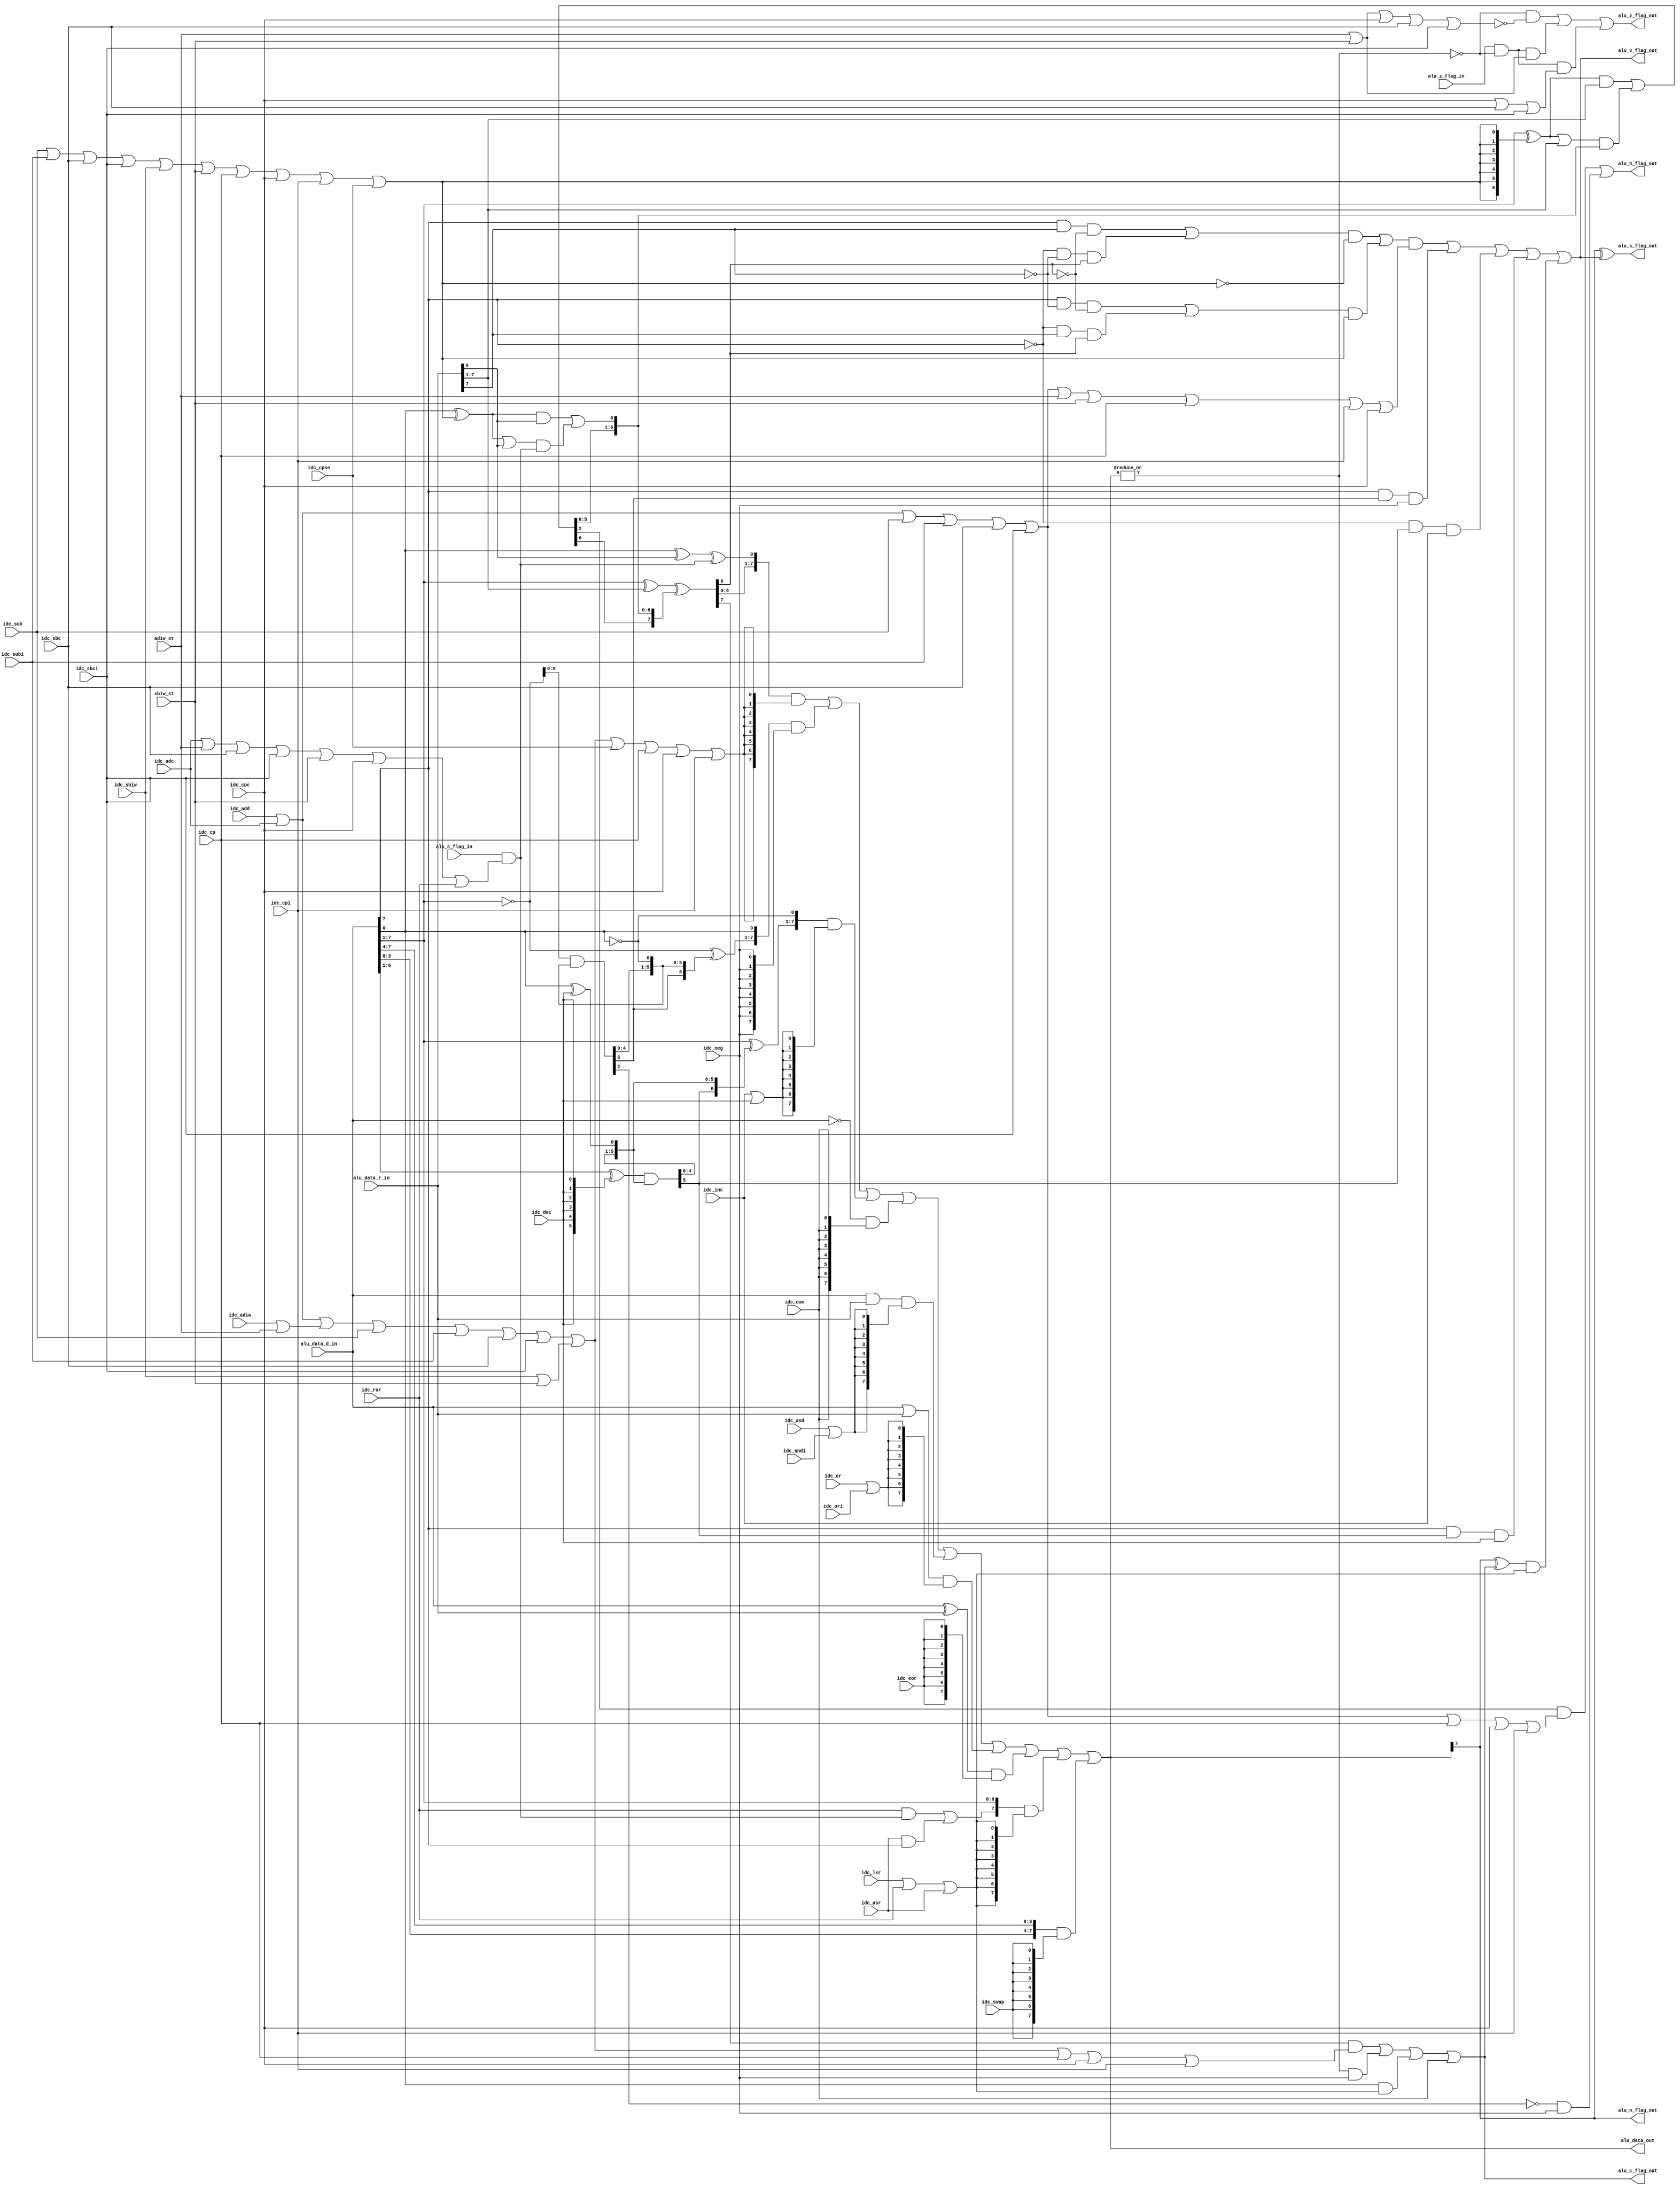
//************************************************************************************************
//  ALU(internal module) for AVR core
//	Version 1.2
//  Designed by Ruslan Lepetenok 
//	Modified 02.08.2003 
// (CPC/SBC/SBCI Z-flag bug found)
//  H-flag with NEG instruction found
// Modified 26.05.2012 (Verilog version)
// Modified 18.08.12 Verilog Lint
//************************************************************************************************

`timescale 1 ns / 1 ns

module alu_avr(
               alu_data_r_in, 
               alu_data_d_in, 
	       alu_c_flag_in, 
	       alu_z_flag_in, 
	       idc_add, 
	       idc_adc, 
	       idc_adiw, 
	       idc_sub, 
	       idc_subi, 
	       idc_sbc, 
	       idc_sbci, 
	       idc_sbiw, 
	       adiw_st, 
	       sbiw_st, 
	       idc_and, 
	       idc_andi, 
	       idc_or, 
	       idc_ori, 
	       idc_eor, 
	       idc_com, 
	       idc_neg, 
	       idc_inc, 
	       idc_dec, 
	       idc_cp, 
	       idc_cpc, 
	       idc_cpi, 
	       idc_cpse, 
	       idc_lsr, 
	       idc_ror, 
	       idc_asr, 
	       idc_swap, 
	       alu_data_out, 
	       alu_c_flag_out, 
	       alu_z_flag_out, 
	       alu_n_flag_out, 
	       alu_v_flag_out, 
	       alu_s_flag_out, 
	       alu_h_flag_out
	       );
   
   input [7:0]  alu_data_r_in;
   input [7:0]  alu_data_d_in;
   
   input        alu_c_flag_in;
   input        alu_z_flag_in;
   
   // OPERATION SIGNALS INPUTS
   input        idc_add;
   input        idc_adc;
   input        idc_adiw;
   input        idc_sub;
   input        idc_subi;
   input        idc_sbc;
   input        idc_sbci;
   input        idc_sbiw;
   
   input        adiw_st;
   input        sbiw_st;
   
   input        idc_and;
   input        idc_andi;
   input        idc_or;
   input        idc_ori;
   input        idc_eor;
   input        idc_com;
   input        idc_neg;
   
   input        idc_inc;
   input        idc_dec;
   
   input        idc_cp;
   input        idc_cpc;
   input        idc_cpi;
   input        idc_cpse;
   
   input        idc_lsr;
   input        idc_ror;
   input        idc_asr;
   input        idc_swap;
   
   // DATA OUTPUT
   output [7:0] alu_data_out;
   
   // FLAGS OUTPUT
   output       alu_c_flag_out;
   output       alu_z_flag_out;
   output       alu_n_flag_out;
   output       alu_v_flag_out;
   output       alu_s_flag_out;
   output       alu_h_flag_out;
   
   // ####################################################
   // INTERNAL SIGNALS
   // ####################################################
   
   wire [7:0]   alu_data_out_int;
   
   // ALU FLAGS (INTERNAL)
   wire         alu_z_flag_out_int;
   wire         alu_c_flag_in_int;		// INTERNAL CARRY FLAG
   
   wire         alu_n_flag_out_int;
   wire         alu_v_flag_out_int;
   wire         alu_c_flag_out_int;
   
   // ADDER SIGNALS --
   wire         adder_nadd_sub;		// 0 -> ADD ,1 -> SUB
   wire         adder_v_flag_out;
   
   wire [8:0]   adder_carry;
   wire [8:0]   adder_d_in;
   wire [8:0]   adder_r_in;
   wire [8:0]   adder_out;
   
   // NEG OPERATOR SIGNALS 
   wire [8:0]   neg_op_carry;
   wire [8:0]   neg_op_out;
   
   // INC, DEC OPERATOR SIGNALS 
   wire [7:0]   incdec_op_carry;
   wire [7:0]   incdec_op_out;
   
   wire [7:0]   com_op_out;
   wire [7:0]   and_op_out;
   wire [7:0]   or_op_out;
   wire [7:0]   eor_op_out;
   
   // SHIFT SIGNALS
   wire [7:0]   right_shift_out;
   
   // SWAP SIGNALS
   wire [7:0]   swap_out;
   
   // ########################################################################
   // ###############              ALU
   // ########################################################################
   
   assign adder_nadd_sub = (idc_sub | idc_subi | idc_sbc | idc_sbci | idc_sbiw | sbiw_st | idc_cp | idc_cpc | idc_cpi | idc_cpse);		// '0' -> '+'; '1' -> '-' 
   
   // SREG C FLAG (ALU INPUT)
   assign alu_c_flag_in_int = alu_c_flag_in & (idc_adc | adiw_st | idc_sbc | idc_sbci | sbiw_st | idc_cpc | idc_ror);
   
   // SREG Z FLAG ()
   // alu_z_flag_out <= (alu_z_flag_out_int and not(adiw_st or sbiw_st)) or 
   //                   ((alu_z_flag_in and alu_z_flag_out_int) and (adiw_st or sbiw_st));
   assign alu_z_flag_out = (alu_z_flag_out_int & (~(adiw_st | sbiw_st | idc_cpc | idc_sbc | idc_sbci))) | ((alu_z_flag_in & alu_z_flag_out_int) & (adiw_st | sbiw_st)) | (alu_z_flag_in & alu_z_flag_out_int & (idc_cpc | idc_sbc | idc_sbci));		// Previous value (for CPC/SBC/SBCI instructions)
   
   // SREG N FLAG
   assign alu_n_flag_out = alu_n_flag_out_int;
   
   // SREG V FLAG
   assign alu_v_flag_out = alu_v_flag_out_int;
   
   assign alu_c_flag_out = alu_c_flag_out_int;
   
   assign alu_data_out = alu_data_out_int;
   
   // #########################################################################################
   
   assign adder_d_in = {1'b0, alu_data_d_in};
   assign adder_r_in = {1'b0, alu_data_r_in};
   
   //########################## ADDEER ###################################
   
   assign adder_out[0]     = adder_d_in[0] ^ adder_r_in[0] ^ alu_c_flag_in_int;
   assign adder_carry[0]   = ((adder_d_in[0] ^ adder_nadd_sub) & adder_r_in[0]) | (((adder_d_in[0] ^ adder_nadd_sub) | adder_r_in[0]) & alu_c_flag_in_int);
   assign adder_out[8:1]   = adder_d_in[8:1] ^ adder_r_in[8:1] ^ adder_carry[7:0];
   assign adder_carry[8:1] = ((adder_d_in[8:1] ^ {8{adder_nadd_sub}}) & adder_r_in[8:1]) | (((adder_d_in[8:1] ^ {8{adder_nadd_sub}}) | adder_r_in[8:1]) & adder_carry[7:0]);
      
      
      // FLAGS  FOR ADDER INSTRUCTIONS: 
      // CARRY FLAG (C) -> adder_out(8)
      // HALF CARRY FLAG (H) -> adder_carry(3)
      // TOW'S COMPLEMENT OVERFLOW  (V) -> 
      
      assign adder_v_flag_out = (((adder_d_in[7] & adder_r_in[7] & (~adder_out[7])) | ((~adder_d_in[7]) & (~adder_r_in[7]) & adder_out[7])) & (~adder_nadd_sub)) | (((adder_d_in[7] & (~adder_r_in[7]) & (~adder_out[7])) | ((~adder_d_in[7]) & adder_r_in[7] & adder_out[7])) & adder_nadd_sub);		// ADD
      // SUB
      //#####################################################################
      
      // LOGICAL OPERATIONS FOR ONE OPERAND
      
      //########################## NEG OPERATION ####################
      
      assign neg_op_out[0]     = alu_data_d_in[0];
      assign neg_op_carry[0]   = ~alu_data_d_in[0];
      assign neg_op_out[7:1]   = (~alu_data_d_in[7:1]) ^ neg_op_carry[6:0];
      assign neg_op_carry[7:1] = (~alu_data_d_in[7:1]) & neg_op_carry[6:0];

	 
         assign neg_op_out[8]   = ~neg_op_carry[7];
         assign neg_op_carry[8] = neg_op_carry[7];		// ??!!
         
         // CARRY FLAGS  FOR NEG INSTRUCTION: 
         // CARRY FLAG -> neg_op_out(8)
         // HALF CARRY FLAG -> neg_op_carry(3)
         // TOW's COMPLEMENT OVERFLOW FLAG -> alu_data_d_in(7) and neg_op_carry(6) 
         //############################################################################	
         
         //########################## INC, DEC OPERATIONS ####################
         
         assign incdec_op_out[0]     = ~alu_data_d_in[0];
         assign incdec_op_carry[0]   = alu_data_d_in[0] ^ idc_dec;
         assign incdec_op_out[7:1]   = alu_data_d_in[7:1] ^ incdec_op_carry[6:0];
         assign incdec_op_carry[7:1] = (alu_data_d_in[7:1] ^ {7{idc_dec}}) & incdec_op_carry[6:0];
	    
	    
            
            // TOW's COMPLEMENT OVERFLOW FLAG -> (alu_data_d_in(7) xor idc_dec) and incdec_op_carry(6) 
            //####################################################################
            
            //########################## COM OPERATION ###################################
            assign com_op_out = (~alu_data_d_in);
            // FLAGS 
            // TOW's COMPLEMENT OVERFLOW FLAG (V)  -> '0'
            // CARRY FLAG (C) -> '1' 
            //############################################################################
            
            // LOGICAL OPERATIONS FOR TWO OPERANDS	
            
            //########################## AND OPERATION ###################################
            assign and_op_out = alu_data_d_in & alu_data_r_in;
            // FLAGS 
            // TOW's COMPLEMENT OVERFLOW FLAG (V)  -> '0'
            //############################################################################
            
            //########################## OR OPERATION ###################################
            assign or_op_out = alu_data_d_in | alu_data_r_in;
            // FLAGS 
            // TOW's COMPLEMENT OVERFLOW FLAG (V)  -> '0'
            //############################################################################
            
            //########################## EOR OPERATION ###################################
            assign eor_op_out = alu_data_d_in ^ alu_data_r_in;
            // FLAGS 
            // TOW's COMPLEMENT OVERFLOW FLAG (V)  -> '0'
            //############################################################################
            
            // SHIFT OPERATIONS 
            
            // ########################## RIGHT(LSR, ROR, ASR) #######################
            
            assign right_shift_out[7] = (idc_ror & alu_c_flag_in_int) | (idc_asr & alu_data_d_in[7]);		// right_shift_out(7)
	    assign right_shift_out[6:0] = alu_data_d_in[7:1];
               
               // FLAGS 
               // CARRY FLAG (C)                      -> alu_data_d_in(0) 
               // NEGATIVE FLAG (N)                   -> right_shift_out(7)
               // TOW's COMPLEMENT OVERFLOW FLAG (V)  -> N xor C  (left_shift_out(7) xor alu_data_d_in(0))
               
               // #######################################################################
               
               // ################################## SWAP ###############################
                  assign swap_out = {alu_data_d_in[3:0] , alu_data_d_in[7:4]};		     
               // #######################################################################
               // ALU OUTPUT MUX
                       
assign alu_data_out_int[7:0] = (adder_out[7:0]       & {8{(idc_add | idc_adc | (idc_adiw | adiw_st) | idc_sub | idc_subi | idc_sbc | idc_sbci | (idc_sbiw | sbiw_st) | idc_cpse | idc_cp | idc_cpc | idc_cpi)}}) | 
                               (neg_op_out[7:0]      & {8{idc_neg}}) |                          // NEG		  
			       (incdec_op_out[7:0]   & {8{(idc_inc | idc_dec)}}) | 	        // INC/DEC
			       (com_op_out[7:0]      & {8{idc_com}}) |  		        // COM
			       (and_op_out[7:0]      & {8{(idc_and | idc_andi)}}) | 	        // AND/ANDI	
			       (or_op_out[7:0]       & {8{(idc_or | idc_ori)}}) | 	        // OR/ORI	
			       (eor_op_out[7:0]      & {8{idc_eor}}) |  		        // EOR
			       (right_shift_out[7:0] & {8{(idc_lsr | idc_ror | idc_asr)}}) |    // LSR/ROR/ASR
			       (swap_out[7:0]        & {8{idc_swap}});			        // SWAP
			
			
 //@@@@@@@@@@@@@@@@@@@@@@@@@@@@@@@@@ ALU FLAGS OUTPUTS @@@@@@@@@@@@@@@@@@@@@@@@@@@@@@@@@@@@@@@@@@@@@@@@@@@@@@@@@@@@@@@@@
                        
 // ADDER INSTRUCTIONS
 assign alu_h_flag_out = (adder_carry[3] & (idc_add | idc_adc | idc_sub | idc_subi | idc_sbc | idc_sbci | idc_cp | idc_cpc | idc_cpi)) | ((~neg_op_carry[3]) & idc_neg);	 // H-flag problem with NEG instruction fixing  				       -- NEG
 
 assign alu_s_flag_out = alu_n_flag_out_int ^ alu_v_flag_out_int;
 
 // INC
 // DEC
 assign alu_v_flag_out_int = (adder_v_flag_out & (idc_add | idc_adc | idc_sub | idc_subi | idc_sbc | idc_sbci | adiw_st | sbiw_st | idc_cp | idc_cpi | idc_cpc)) | ((alu_data_d_in[7] & neg_op_carry[6]) & idc_neg) | ((~alu_data_d_in[7]) & incdec_op_carry[6] & idc_inc) | (alu_data_d_in[7] & incdec_op_carry[6] & idc_dec) | ((alu_n_flag_out_int ^ alu_c_flag_out_int) & (idc_lsr | idc_ror | idc_asr));		 // NEG
 // LSR,ROR,ASR
 
 assign alu_n_flag_out_int = alu_data_out_int[7];
 
 assign alu_z_flag_out_int = ~(|alu_data_out_int);
 
 // NEG
 assign alu_c_flag_out_int = (adder_out[8] & (idc_add | idc_adc | (idc_adiw | adiw_st) | idc_sub | idc_subi | idc_sbc | idc_sbci | (idc_sbiw | sbiw_st) | idc_cp | idc_cpc | idc_cpi)) | ((~alu_z_flag_out_int) & idc_neg) | (alu_data_d_in[0] & (idc_lsr | idc_ror | idc_asr)) | idc_com;		 // ADDER
                        
endmodule // alu_avr